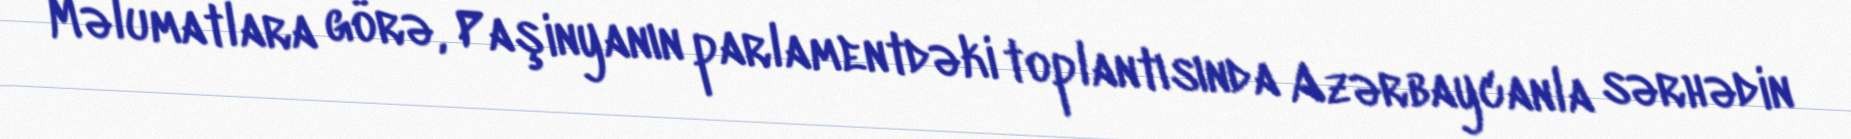
Məlumatlara görə, Paşinyanın parlamentdəki toplantısında Azərbaycanla sərhədin